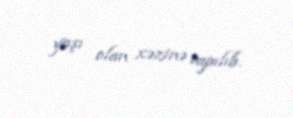
yaşı olan xəzinə tapılıb.